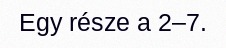
Egy része a 2–7.